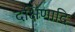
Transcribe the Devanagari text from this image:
दक्षिणादि